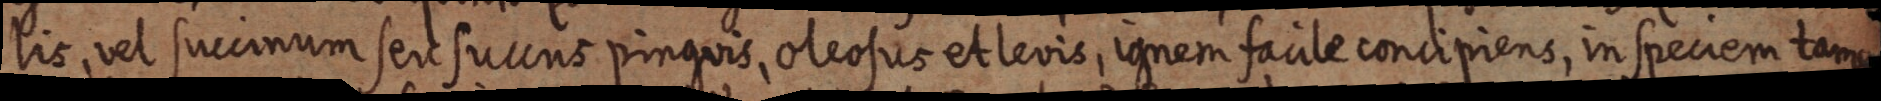
lis, vel succinum seu succus pinguis, oleosus et levis, ignem facile concipiens, in speciem tamen